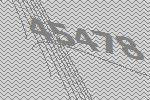
45478